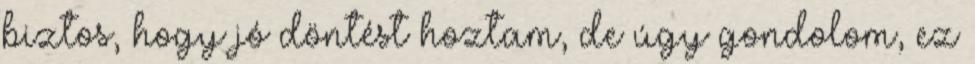
biztos, hogy jó döntést hoztam, de úgy gondolom, ez